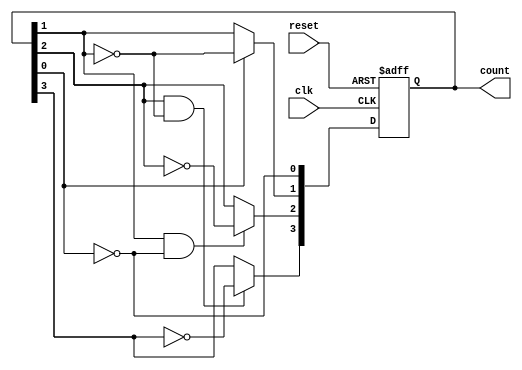
module async_counter (
    input wire clk,       // Clock input
    input wire reset,     // Asynchronous reset input
    output reg [n-1:0] count // n-bit output count
);
    parameter n = 4; // Number of bits (adjust as needed)

    // Always block for the counter logic
    always @(posedge clk or posedge reset) begin
        if (reset) begin
            count <= 0; // Reset the count to 0
        end else begin
            count[0] <= ~count[0]; // Toggle the least significant bit
            // Ripple effect for the remaining bits
            count[1] <= count[0] ? ~count[1] : count[1];
            count[2] <= (count[1] & ~count[0]) ? ~count[2] : count[2];
            count[3] <= (count[2] & ~count[1]) ? ~count[3] : count[3];
            // Add more bits as needed
        end
    end
endmodule